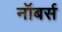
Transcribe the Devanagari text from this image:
नॉबर्स